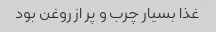
غذا بسیار چرب و پر از روغن بود